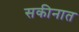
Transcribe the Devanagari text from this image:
सकीनात